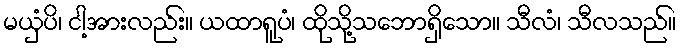
မယှံပိ၊ ငါ့အားလည်း။ ယထာရူပံ၊ ထိုသို့သဘောရှိသော။ သီလံ၊ သီလသည်။